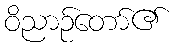
ဝိညာဉ်တော်၏